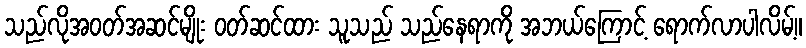
သည်လိုအဝတ်အဆင်မျိုး ဝတ်ဆင်ထား သူသည် သည်နေရာကို အဘယ်ကြောင့် ရောက်လာပါလိမ့်။